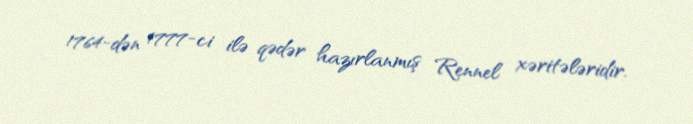
1764-dən 1777-ci ilə qədər hazırlanmış Rennel xəritələridir.